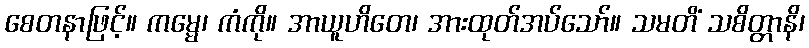
စေတနာဖြင့်။ ကမ္မေ၊ ကံကို။ အာယူဟိတေ၊ အားထုတ်အပ်သော်။ သမတိံ သစိတ္တာနိ၊